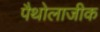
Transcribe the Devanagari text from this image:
पैथोलाजीक